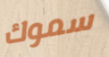
سموك